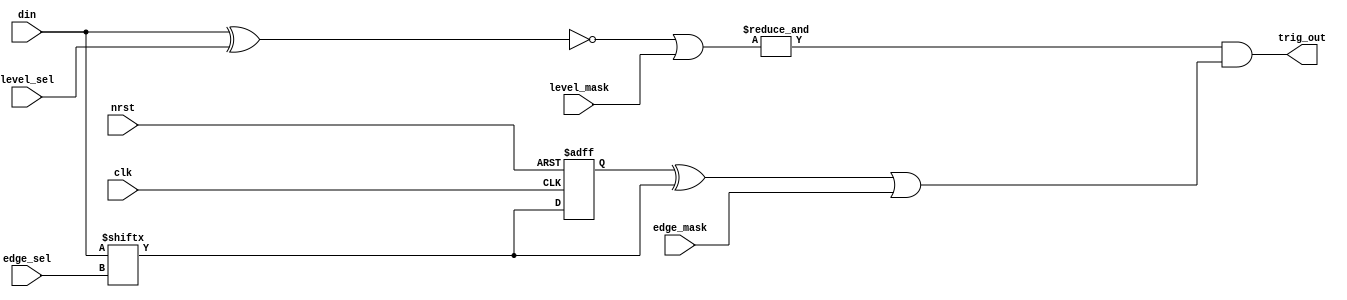
module la_trig(nrst, clk, din, level_sel, level_mask, edge_sel, edge_mask, trig_out);
    input nrst;
    input clk;
    input [7:0] din;
    input [7:0] level_sel;
    input [7:0] level_mask;
    input [2:0] edge_sel;
    input edge_mask;
    output trig_out;
    
    reg d_last;
    wire d_sel;
    wire d_edge;
    wire m_edge;
    
    wire [7:0] d_level;
    wire [7:0] m_level;
    wire s_level;
    
    // 
    assign d_sel = din[edge_sel];
    
    // clk
    always @(posedge clk or negedge nrst) begin
        if (~nrst) begin
            d_last <= 1'b0;
        end else begin
            d_last <= d_sel;
        end
    end
    
    // 
    assign d_edge = d_last ^ d_sel;
    // 
    assign m_edge = d_edge | edge_mask;
    // 
    assign d_level = ~(din ^ level_sel);
    // 
    assign m_level = d_level | level_mask;
    // 
    assign trig_out = &m_level & m_edge;
endmodule